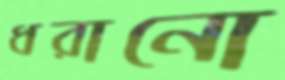
ধরানো